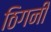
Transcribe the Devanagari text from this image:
ठिगनी